Loodushoiu_ja_Turismi_Instituut, lk 190
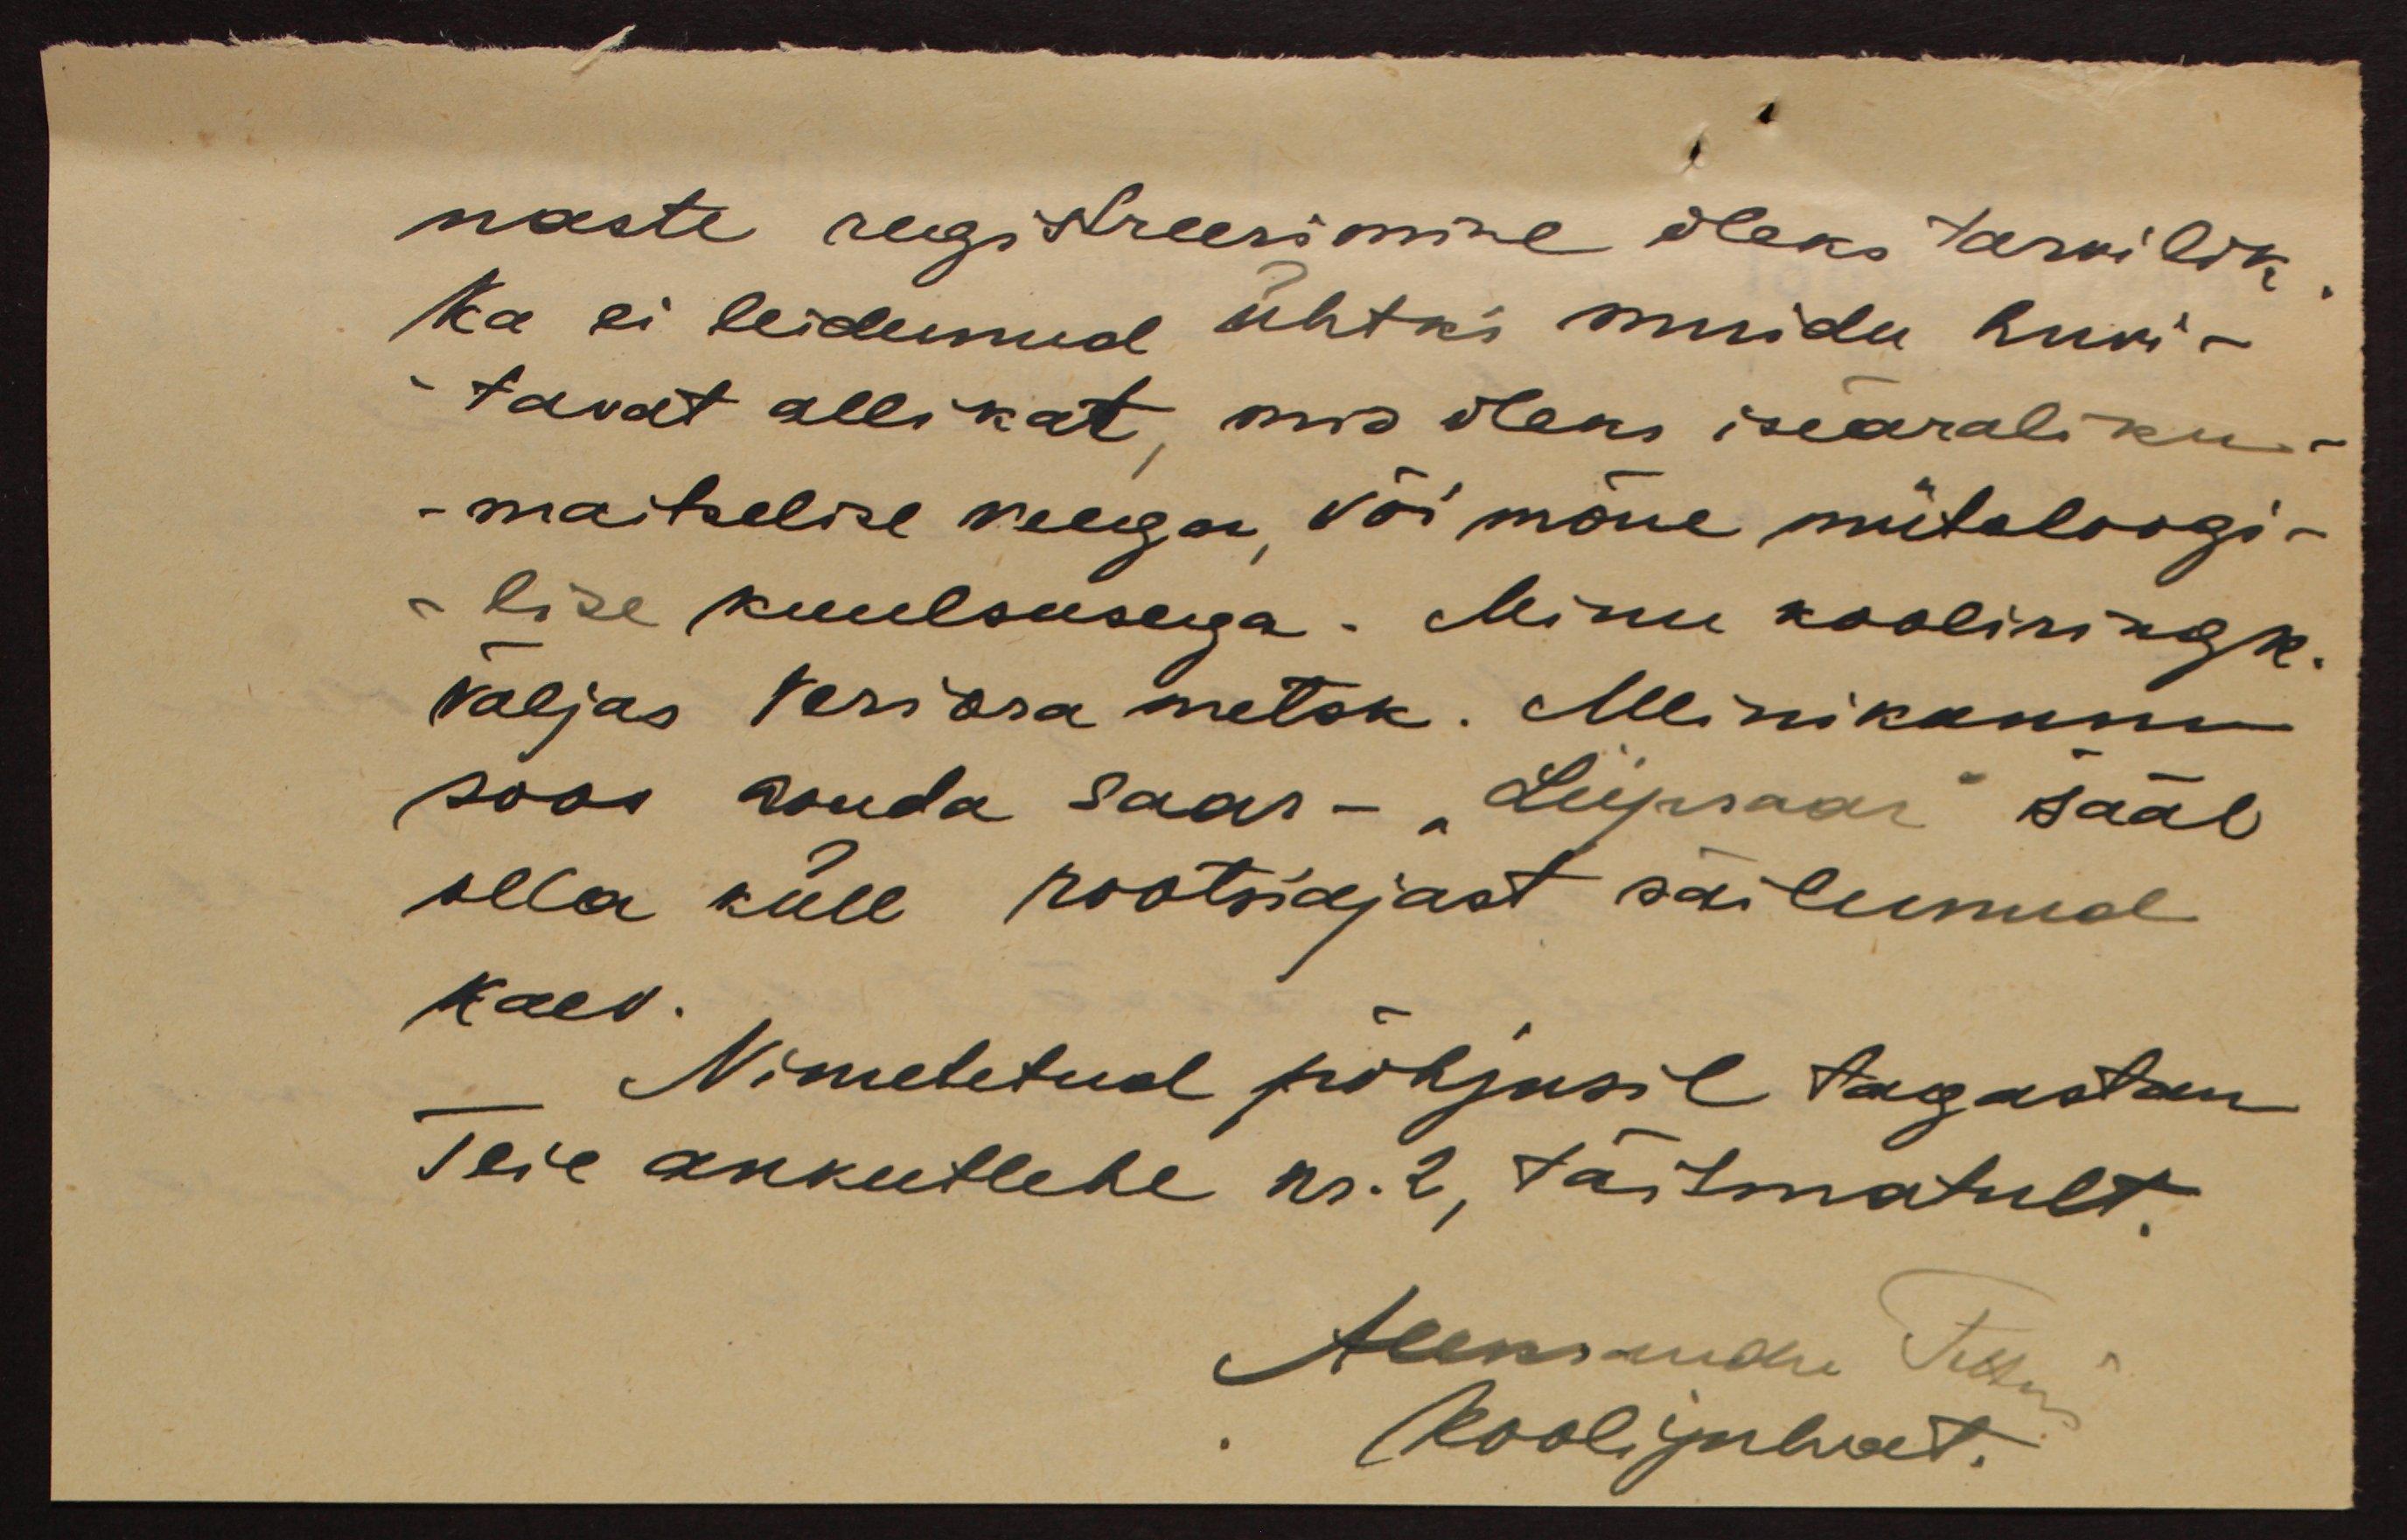
naste registreerimine oleks tarvilik
Ka ei leidunud ühtki muidu huvi-
tavat allikat, mis oleks iseäraliku-
- maitselise veega, või mõne mütoloogi-
lise kuulsusega. Minu kooliringk.
väljas Veriora metsk. Meenikunnu
soos asuda saar - "Liipsaar" sääl
olla küll rootsiajast säilunud
kaev.
Nimetatud põhjusil tagastan
Teie ankeetlehe nr. 2, täitmatult
Aleksander  Feltus
Kooli juhat.